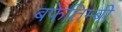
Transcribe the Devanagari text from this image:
बफेतिम्बी